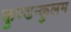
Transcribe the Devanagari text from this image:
कुण्डन्कुलम